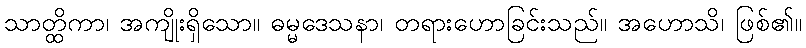
သာတ္ထိကာ၊ အကျိုးရှိသော။ ဓမ္မဒေသနာ၊ တရားဟောခြင်းသည်။ အဟောသိ၊ ဖြစ်၏။